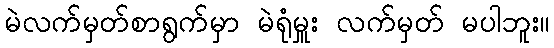
မဲလက်မှတ်စာရွက်မှာ မဲရုံမှူး လက်မှတ် မပါဘူး။